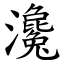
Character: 瀺